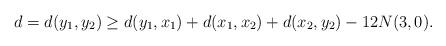
LaTeX: \begin{align*} d=d(y_1,y_2)\geq d(y_1,x_1)+ d(x_1,x_2)+d(x_2,y_2) - 12N(3,0).\end{align*}